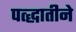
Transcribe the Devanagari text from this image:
पत्द्धातीने